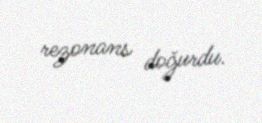
rezonans doğurdu.